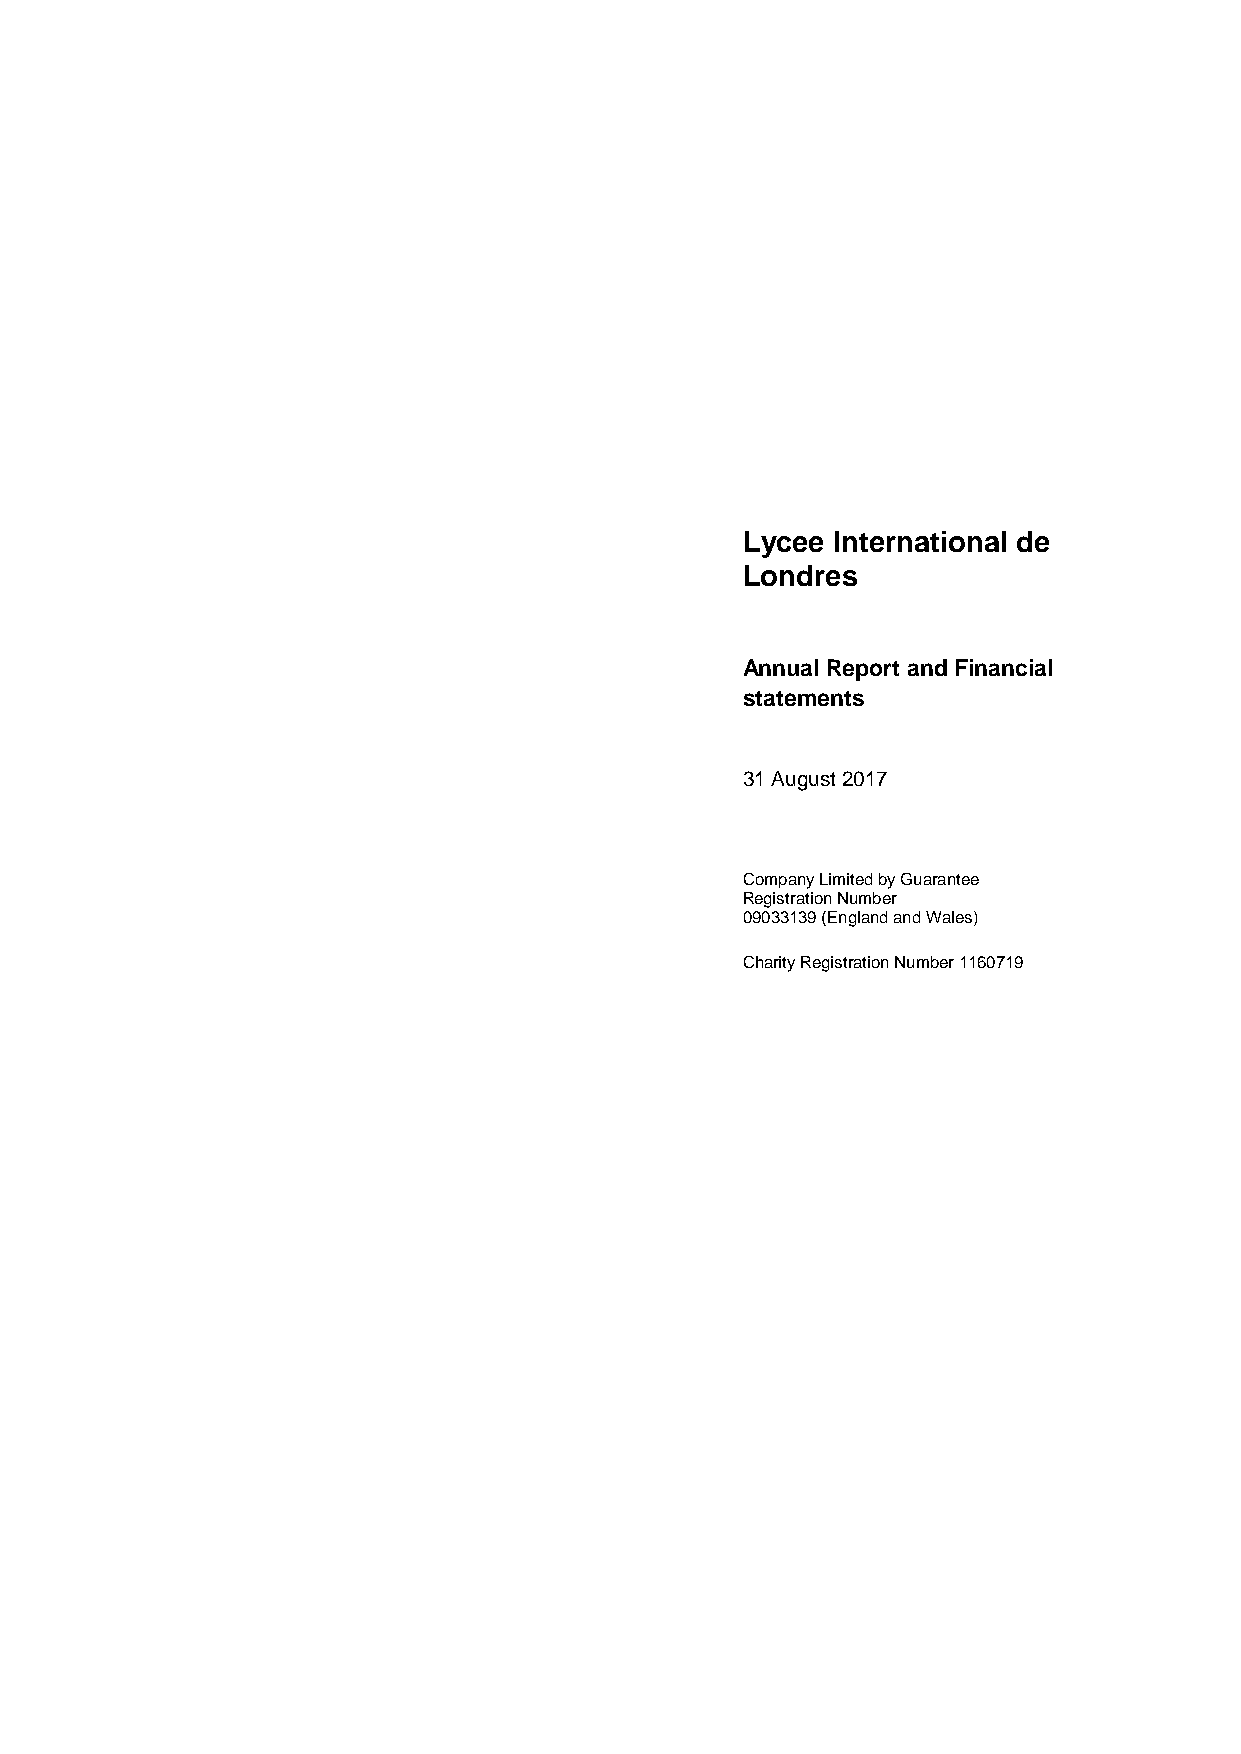
Lycee International de
 Londres
 Annual Report and Financial
 statements
 31 August 2017
 Company Limited by Guarantee
 Registration Number
 09033139 (England and Wales)
 Charity Registration Number 1160719